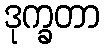
ဒုက္ခတာ